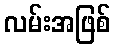
လမ်းအဖြစ်